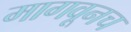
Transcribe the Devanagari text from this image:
मागवूनच